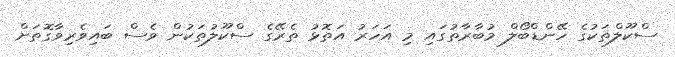
ސްކޫލްތަކުގެ ހޭންޑްބޯލް މުބާރާތުގައި މި އަހަރު އަތޮޅު ތެރޭގެ ސްކޫލުތަކުން ވެސް ބައިވެރިވާގޮތަށް